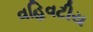
વહિવટીય